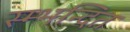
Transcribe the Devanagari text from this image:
स्म्भन्दित